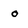
Character: o